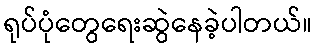
ရုပ်ပုံတွေရေးဆွဲနေခဲ့ပါတယ်။